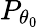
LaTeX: P_{\theta_{0}}